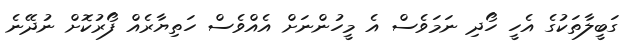
ގަބީލާތަކުގެ އެހީ ހޯދި ނަމަވެސް އެ މީހުންނަށް އެއްވެސް ހަތިޔާރެއް ފޯރުކޮށް ނުދޭނެ